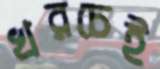
খরচেই